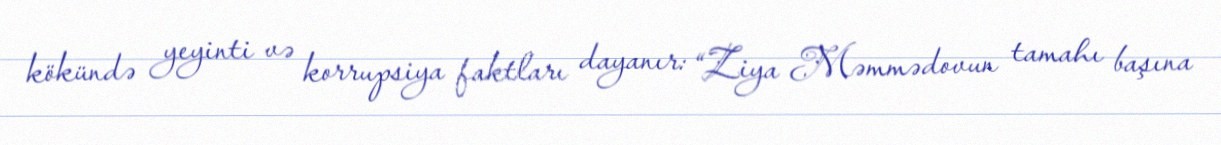
kökündə yeyinti və korrupsiya faktları dayanır: “Ziya Məmmədovun tamahı başına